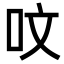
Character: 呅